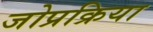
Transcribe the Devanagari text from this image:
जोप्रक्रिया